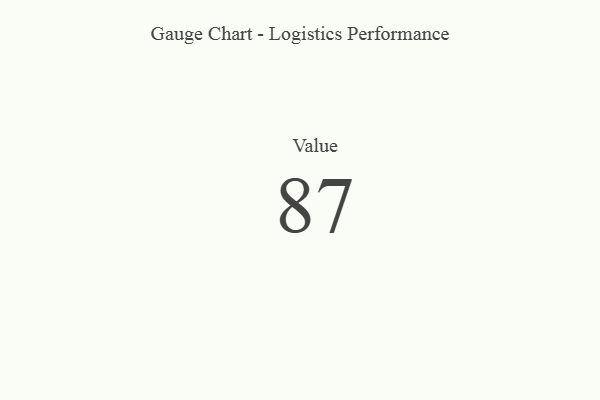
{"axis": {"x": "Metric", "y": "Value"}, "legend": [""], "data": [{"x": "Value", "y": 87, "type": ""}]}